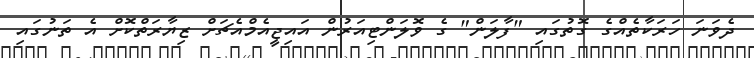
ދެވަނަ ހަރަކާތެއްގެ ގޮތުގައި "ފާލަން" ގެ ވޮލަންޓިއަރުން އައިޖީއެމްއެޗަށް ޒިޔާރަތްކޮށް އެ ތަނުގައި